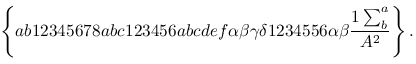
\left\{ a b 1 2 3 4 5 6 7 8 a b c 1 2 3 4 5 6 a b c d e f \alpha \beta \gamma \delta 1 2 3 4 5 5 6 \alpha \beta \frac { 1 \sum _ { b } ^ { a } } { A ^ { 2 } } \right\} .